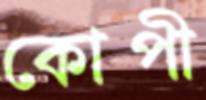
কোপী